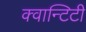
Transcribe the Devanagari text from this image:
क्वान्टिटी